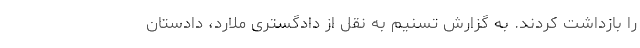
را بازداشت کردند. به گزارش تسنیم به نقل از دادگستری ملارد، دادستان